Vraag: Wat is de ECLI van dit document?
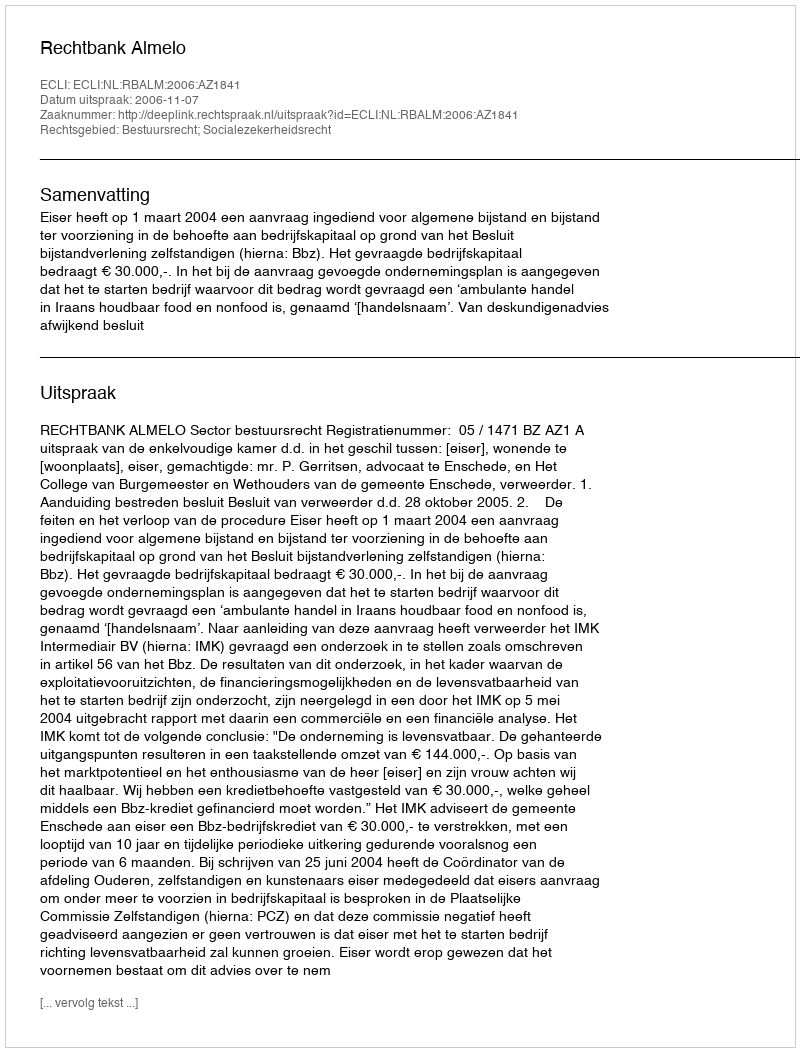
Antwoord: ECLI:NL:RBALM:2006:AZ1841